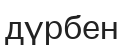
дүрбен